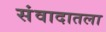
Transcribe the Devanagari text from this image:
संवादातला